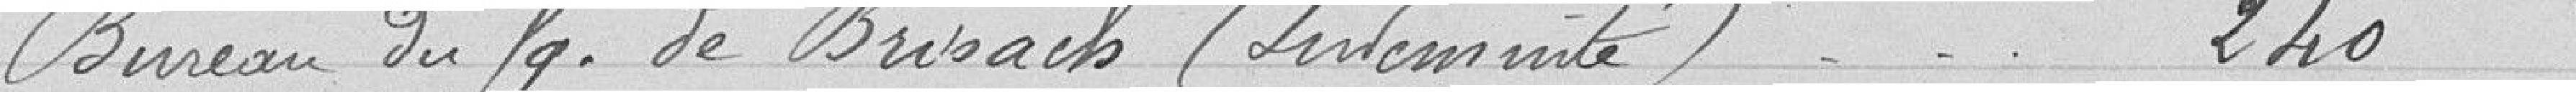
Bureau du faubourg de Brisach (Indemnité) 240